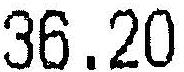
36.20